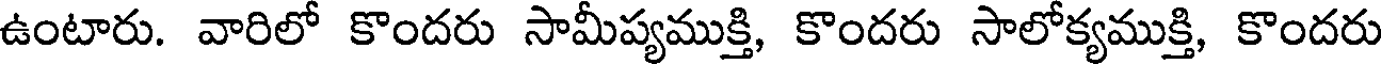
ఉంటారు. వారిలో కొందరు సామీప్యముక్తి, కొందరు సాలోక్యముక్తి, కొందరు